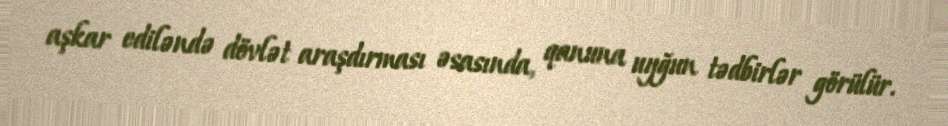
aşkar ediləndə dövlət araşdırması əsasında, qanuna uyğun tədbirlər görülür.